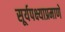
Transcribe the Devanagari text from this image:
सूर्यपक्ष्याप्रमाणे